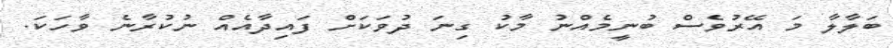
ބަލާލާ މަ އޭރުވެސް ބުނީމެއްނު މާކު ގިނަ ދުވަކަށް ފައިދާއެއް ނުކުރާނެ ވާހަަކަ.